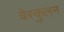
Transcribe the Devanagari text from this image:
वेस्कुलन